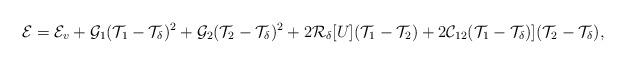
LaTeX: \begin{align*} \mathcal{E}=\mathcal{E}_v+\mathcal{G}_1(\mathcal{T}_1-\mathcal{T}_\delta)^2+\mathcal{G}_2(\mathcal{T}_2-\mathcal{T}_\delta)^2+2\mathcal{R}_\delta[U](\mathcal{T}_1-\mathcal{T}_2)+2\mathcal{C}_{12}(\mathcal{T}_1-\mathcal{T}_\delta)](\mathcal{T}_2-\mathcal{T}_\delta),\end{align*}